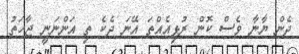
ދެން ޔާނާ ވެސް ކޮން ރުޅިއެއްތަ އޭނަ ދެކެ ތި އަންނަނީ ޖާހަތު